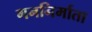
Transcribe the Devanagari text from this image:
गननिर्माता